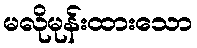
မလိုမုန်းထားသော